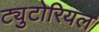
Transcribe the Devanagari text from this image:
ट्युटोरियल